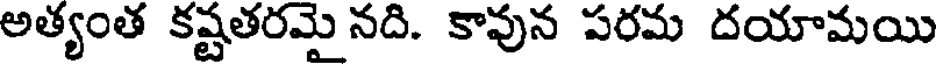
అత్యంత కష్టతరమై నది. కావున పరమ దయామయి